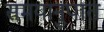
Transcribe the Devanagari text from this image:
समयानुपात